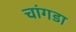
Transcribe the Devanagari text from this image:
चांगडा